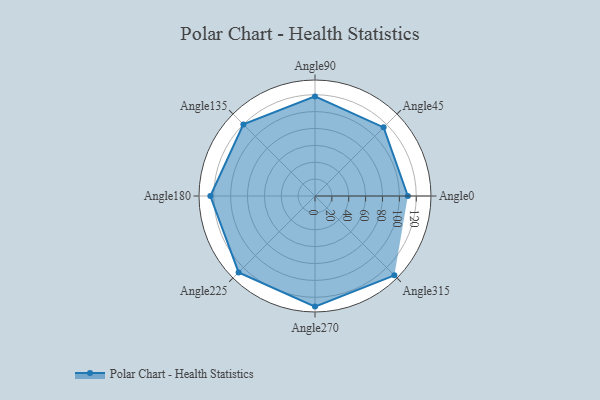
{"axis": {"x": "Angle", "y": "Radius"}, "legend": [""], "data": [{"x": "Angle0", "y": 110.0, "type": ""}, {"x": "Angle45", "y": 115.0, "type": ""}, {"x": "Angle90", "y": 118.0, "type": ""}, {"x": "Angle135", "y": 120.0, "type": ""}, {"x": "Angle180", "y": 124.0, "type": ""}, {"x": "Angle225", "y": 128.0, "type": ""}, {"x": "Angle270", "y": 131.0, "type": ""}, {"x": "Angle315", "y": 133.0, "type": ""}]}